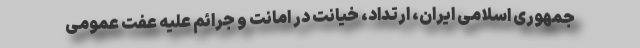
جمهوری اسلامی ایران، ارتداد، خیانت در امانت و جرائم علیه عفت عمومی